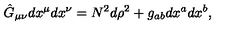
\hat { G } _ { \mu \nu } d x ^ { \mu } d x ^ { \nu } = N ^ { 2 } d \rho ^ { 2 } + g _ { a b } d x ^ { a } d x ^ { b } ,